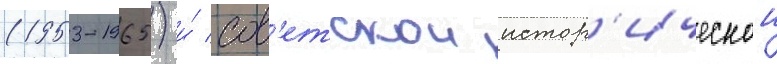
(1953-1965) и́ сов'етскои истор'ическои